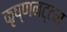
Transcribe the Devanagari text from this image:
कृष्णनट्टम्